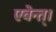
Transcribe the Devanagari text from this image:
एवेन्त्।